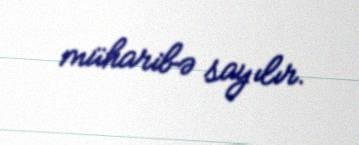
müharibə sayılır.